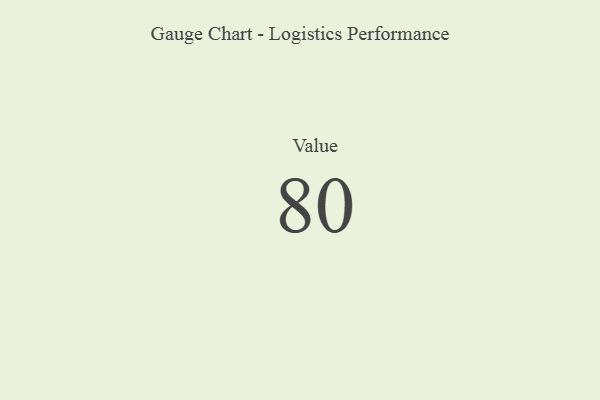
{"axis": {"x": "Metric", "y": "Value"}, "legend": [""], "data": [{"x": "Value", "y": 80, "type": ""}]}